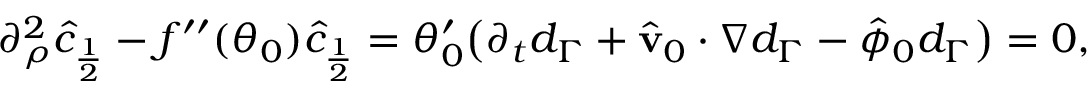
\begin{array} { r } { \partial _ { \rho } ^ { 2 } \hat { c } _ { \frac { 1 } { 2 } } - f ^ { \prime \prime } ( \theta _ { 0 } ) \hat { c } _ { \frac { 1 } { 2 } } = \theta _ { 0 } ^ { \prime } \big ( \partial _ { t } d _ { \Gamma } + \hat { \mathbf { v } } _ { 0 } \cdot \nabla d _ { \Gamma } - \hat { \phi } _ { 0 } d _ { \Gamma } \big ) = 0 , } \end{array}